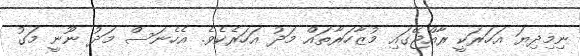
ނިމިދިޔަ އަހަރަކީ ރާއްޖޭގައި މުޒާހަރާތައް މަދު އަހަރެކެވެ. އެހެނަސް މަދު ނޫނީ މަގު